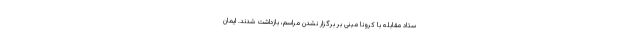
ستاد مقابله با کرونا مبنی بر برگزار نشدن مراسم، بازداشت شدند. ایمان